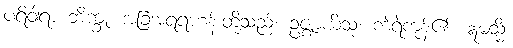
ပရိဝါရာ ဘိက္ခူ၊ အခြံအရံရဟန်းတို့သည်။ ဥဇ္ဈာယိံသု၊ ကဲ့ရဲ့ကုန်၏။ ဣမသ္မိံ